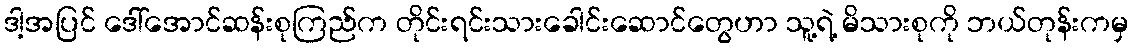
ဒါ့အပြင် ဒေါ်အောင်ဆန်းစုကြည်က တိုင်းရင်းသားခေါင်းဆောင်တွေဟာ သူ့ရဲ့ မိသားစုကို ဘယ်တုန်းကမှ